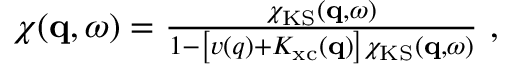
\begin{array} { r } { \chi ( \mathbf { q } , \omega ) = \frac { \chi _ { \mathrm { K S } } ( \mathbf { q } , \omega ) } { 1 - \left[ v ( q ) + K _ { \mathrm { x c } } ( \mathbf { q } ) \right] \chi _ { \mathrm { K S } } ( \mathbf { q } , \omega ) } \ , } \end{array}